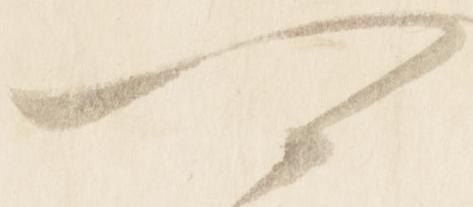
可